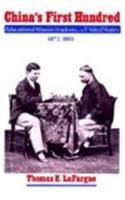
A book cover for China's First Hundred: Educational Mission Students in the United States, 1872-1881 (Washington State University Press Reprint); Thomas E. LaFargue; Travel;